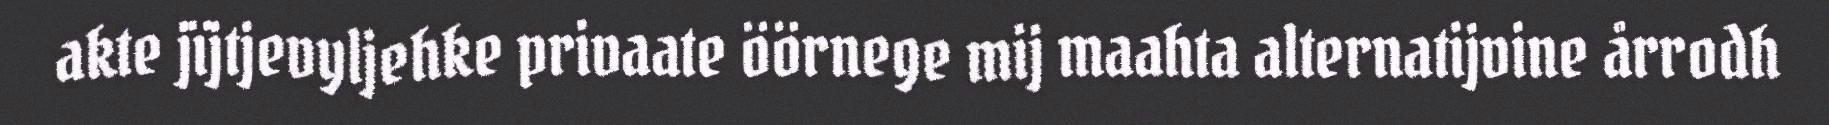
akte jïjtjevyljehke privaate öörnege mij maahta alternatijvine årrodh